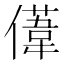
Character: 𫣤